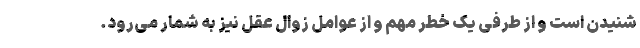
شنیدن است و از طرفی یک خطر مهم و از عوامل زوال عقل نیز به شمار می‌رود.